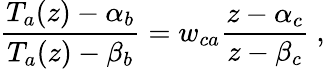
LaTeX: \frac{T_{a}(z)-\alpha_{b}}{T_{a}(z)-\beta_{b}}=w_{ca}\frac{z-\alpha_{c}}{z-\beta_{c}}\ ,